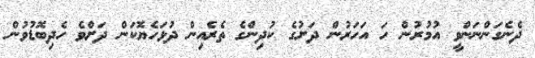
ދެނެގަންނަންވީ އުމުރުން ހަ އަހަރުން ދަށުގެ ކުދިންގެ ތެރެއިން ދުޅަހެޔޮކަން ދަށްވެ ހެދިބޮޑުވުން